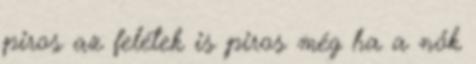
piros az felétek is piros még ha a nők